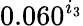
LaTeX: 0.060^{i_{3}}